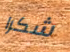
شكرا